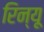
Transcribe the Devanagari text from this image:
रिन्यू